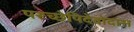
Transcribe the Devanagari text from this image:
परूच्छेपिदेवोदास